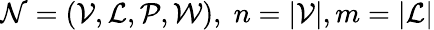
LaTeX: \mathcal{N}=(\mathcal{V},\mathcal{L},\mathcal{P},\mathcal{W}),\; n=|\mathcal{V}|,m=|\mathcal{L}|